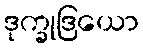
ဒုက္ခုဒြယော